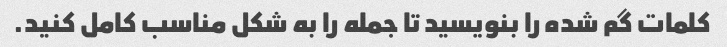
كلمات گم شده را بنويسيد تا جمله را به شكل مناسب كامل كنيد.